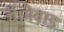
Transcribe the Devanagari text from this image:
थे।मेवाड